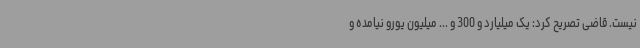
نیست. قاضی تصریح کرد: یک میلیارد و 300 و ... میلیون یورو نیامده و